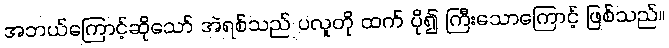
အဘယ်ကြောင့်ဆိုသော် အဲရစ်သည် ပလူတို ထက် ပို၍ ကြီးသောကြောင့် ဖြစ်သည်။